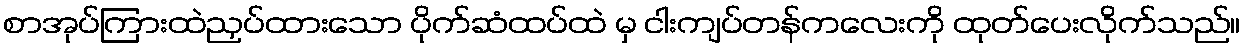
စာအုပ်ကြားထဲညှပ်ထားသော ပိုက်ဆံထပ်ထဲ မှ ငါးကျပ်တန်ကလေးကို ထုတ်ပေးလိုက်သည်။